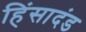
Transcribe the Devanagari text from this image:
हिंसादंड